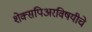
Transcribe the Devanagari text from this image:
शेक्सपिअरविषयीचे